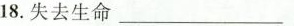
18.失去生命___